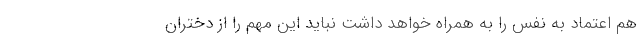
هم اعتماد به نفس را به همراه خواهد داشت نباید این مهم را از دختران